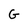
Character: G